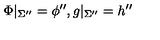
\Phi | _ { \Sigma ^ { \prime \prime } } = \phi ^ { \prime \prime } , g | _ { \Sigma ^ { \prime \prime } } = h ^ { \prime \prime }